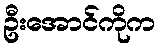
ဦးအောင်ကိုက